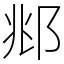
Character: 𫑜